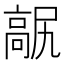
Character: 髛